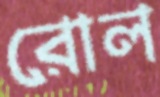
রোল